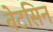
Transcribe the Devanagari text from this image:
वेटसिन